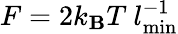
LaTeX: F=2k_{\mathbf{B}}T~l_{\mathrm{{min}}}^{-1}